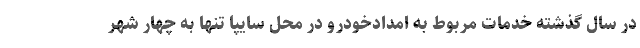
در سال گذشته خدمات مربوط به امدادخودرو در محل سایپا تنها به چهار شهر